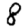
Digit: 8